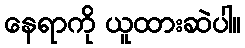
နေရာကို ယူထားဆဲပါ။